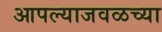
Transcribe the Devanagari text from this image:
आपल्याजवळच्या